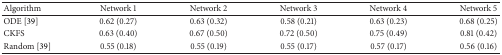
<table><thead><tr><td><b>Algorithm </b></td><td><b>Network 1 </b></td><td><b>Network 2 </b></td><td><b>Network 3 </b></td><td><b>Network 4 </b></td><td><b>Network 5 </b></td></tr></thead><tbody><tr><td>ODE [39] </td><td>0.62 (0.27) </td><td>0.63 (0.32) </td><td>0.58 (0.21) </td><td>0.63 (0.23) </td><td>0.68 (0.25) </td></tr><tr><td>CKFS </td><td>0.63 (0.40) </td><td>0.67 (0.50) </td><td>0.72 (0.50) </td><td>0.75 (0.49) </td><td>0.81 (0.42) </td></tr><tr><td>Random [39] </td><td>0.55 (0.18) </td><td>0.55 (0.19) </td><td>0.55 (0.17) </td><td>0.57 (0.17) </td><td>0.56 (0.16) </td></tr></tbody></table>